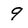
Character: 9